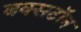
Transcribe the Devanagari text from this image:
बक्सटॉन